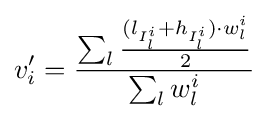
v_{i}'={\frac {\sum _{l}{\frac {(l_{I_{l}^{i}}+h_{I_{l}^{i}})\cdot w_{l}^{i}}{2}}}{\sum _{l}w_{l}^{i}}}